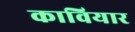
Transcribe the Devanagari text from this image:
कावियार